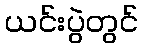
ယင်းပွဲတွင်